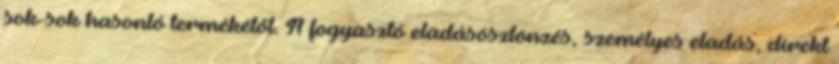
sok-sok hasonló termékétől. A fogyasztó eladásösztönzés, személyes eladás, direkt